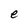
Character: e